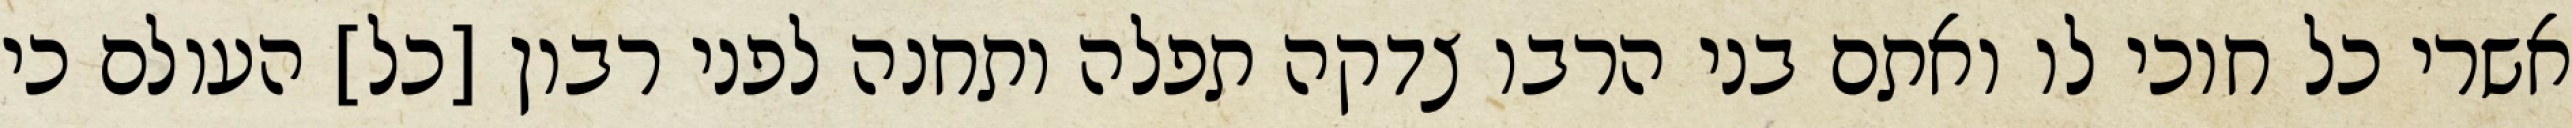
אשרי כל חוכי לו ואתם בני הרבו צדקה תפלה ותחנה לפני רבון [כל] העולם כי